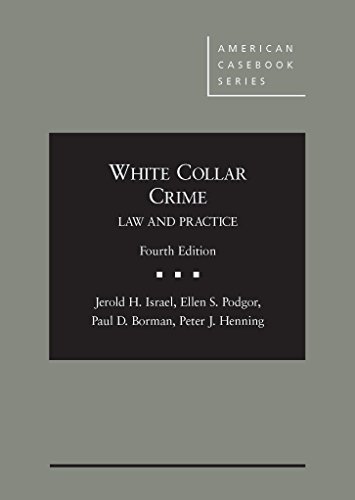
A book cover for White Collar Crime:: Law and Practice (American Casebook Series); Jerold Israel; Biographies & Memoirs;